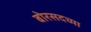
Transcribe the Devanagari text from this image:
बोरसदच्या